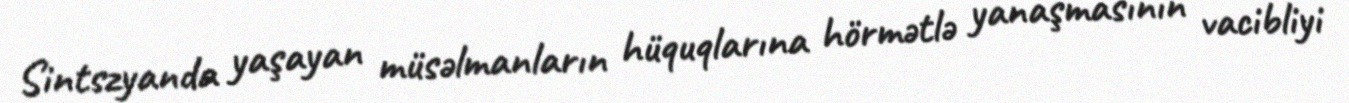
Sintszyanda yaşayan müsəlmanların hüquqlarına hörmətlə yanaşmasının vacibliyi